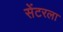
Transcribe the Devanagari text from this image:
सेंटरला